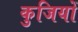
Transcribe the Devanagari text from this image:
कुजियों